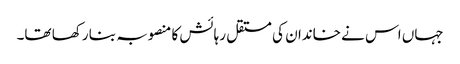
جہاں اس نے خاندان کی مستقل رہائش کا منصوبہ بنا رکھا تھا۔